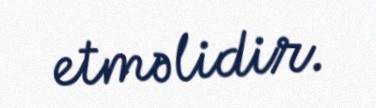
etməlidir.